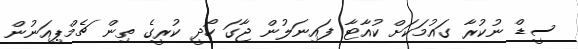
ސީޑް ނުކުރާ ގައުމަކަށް ކުއާޓާ ފައިނަލުން ޖާގަ ހޯދީ ކުރީގެ ތިން ޗެމްޕިއަނުން